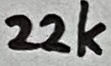
Text: 22k